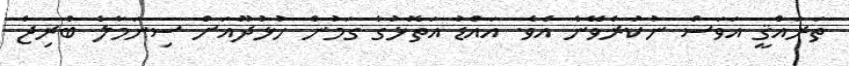
ތަރައްޤީ އަވަސް ނުކުރެވޭނެ އެވެ. އައްޑު އަތޮޅުގެ ގަމުން ހުޅުދޫއަށް ސިނަމާލެ ބްރިޖް